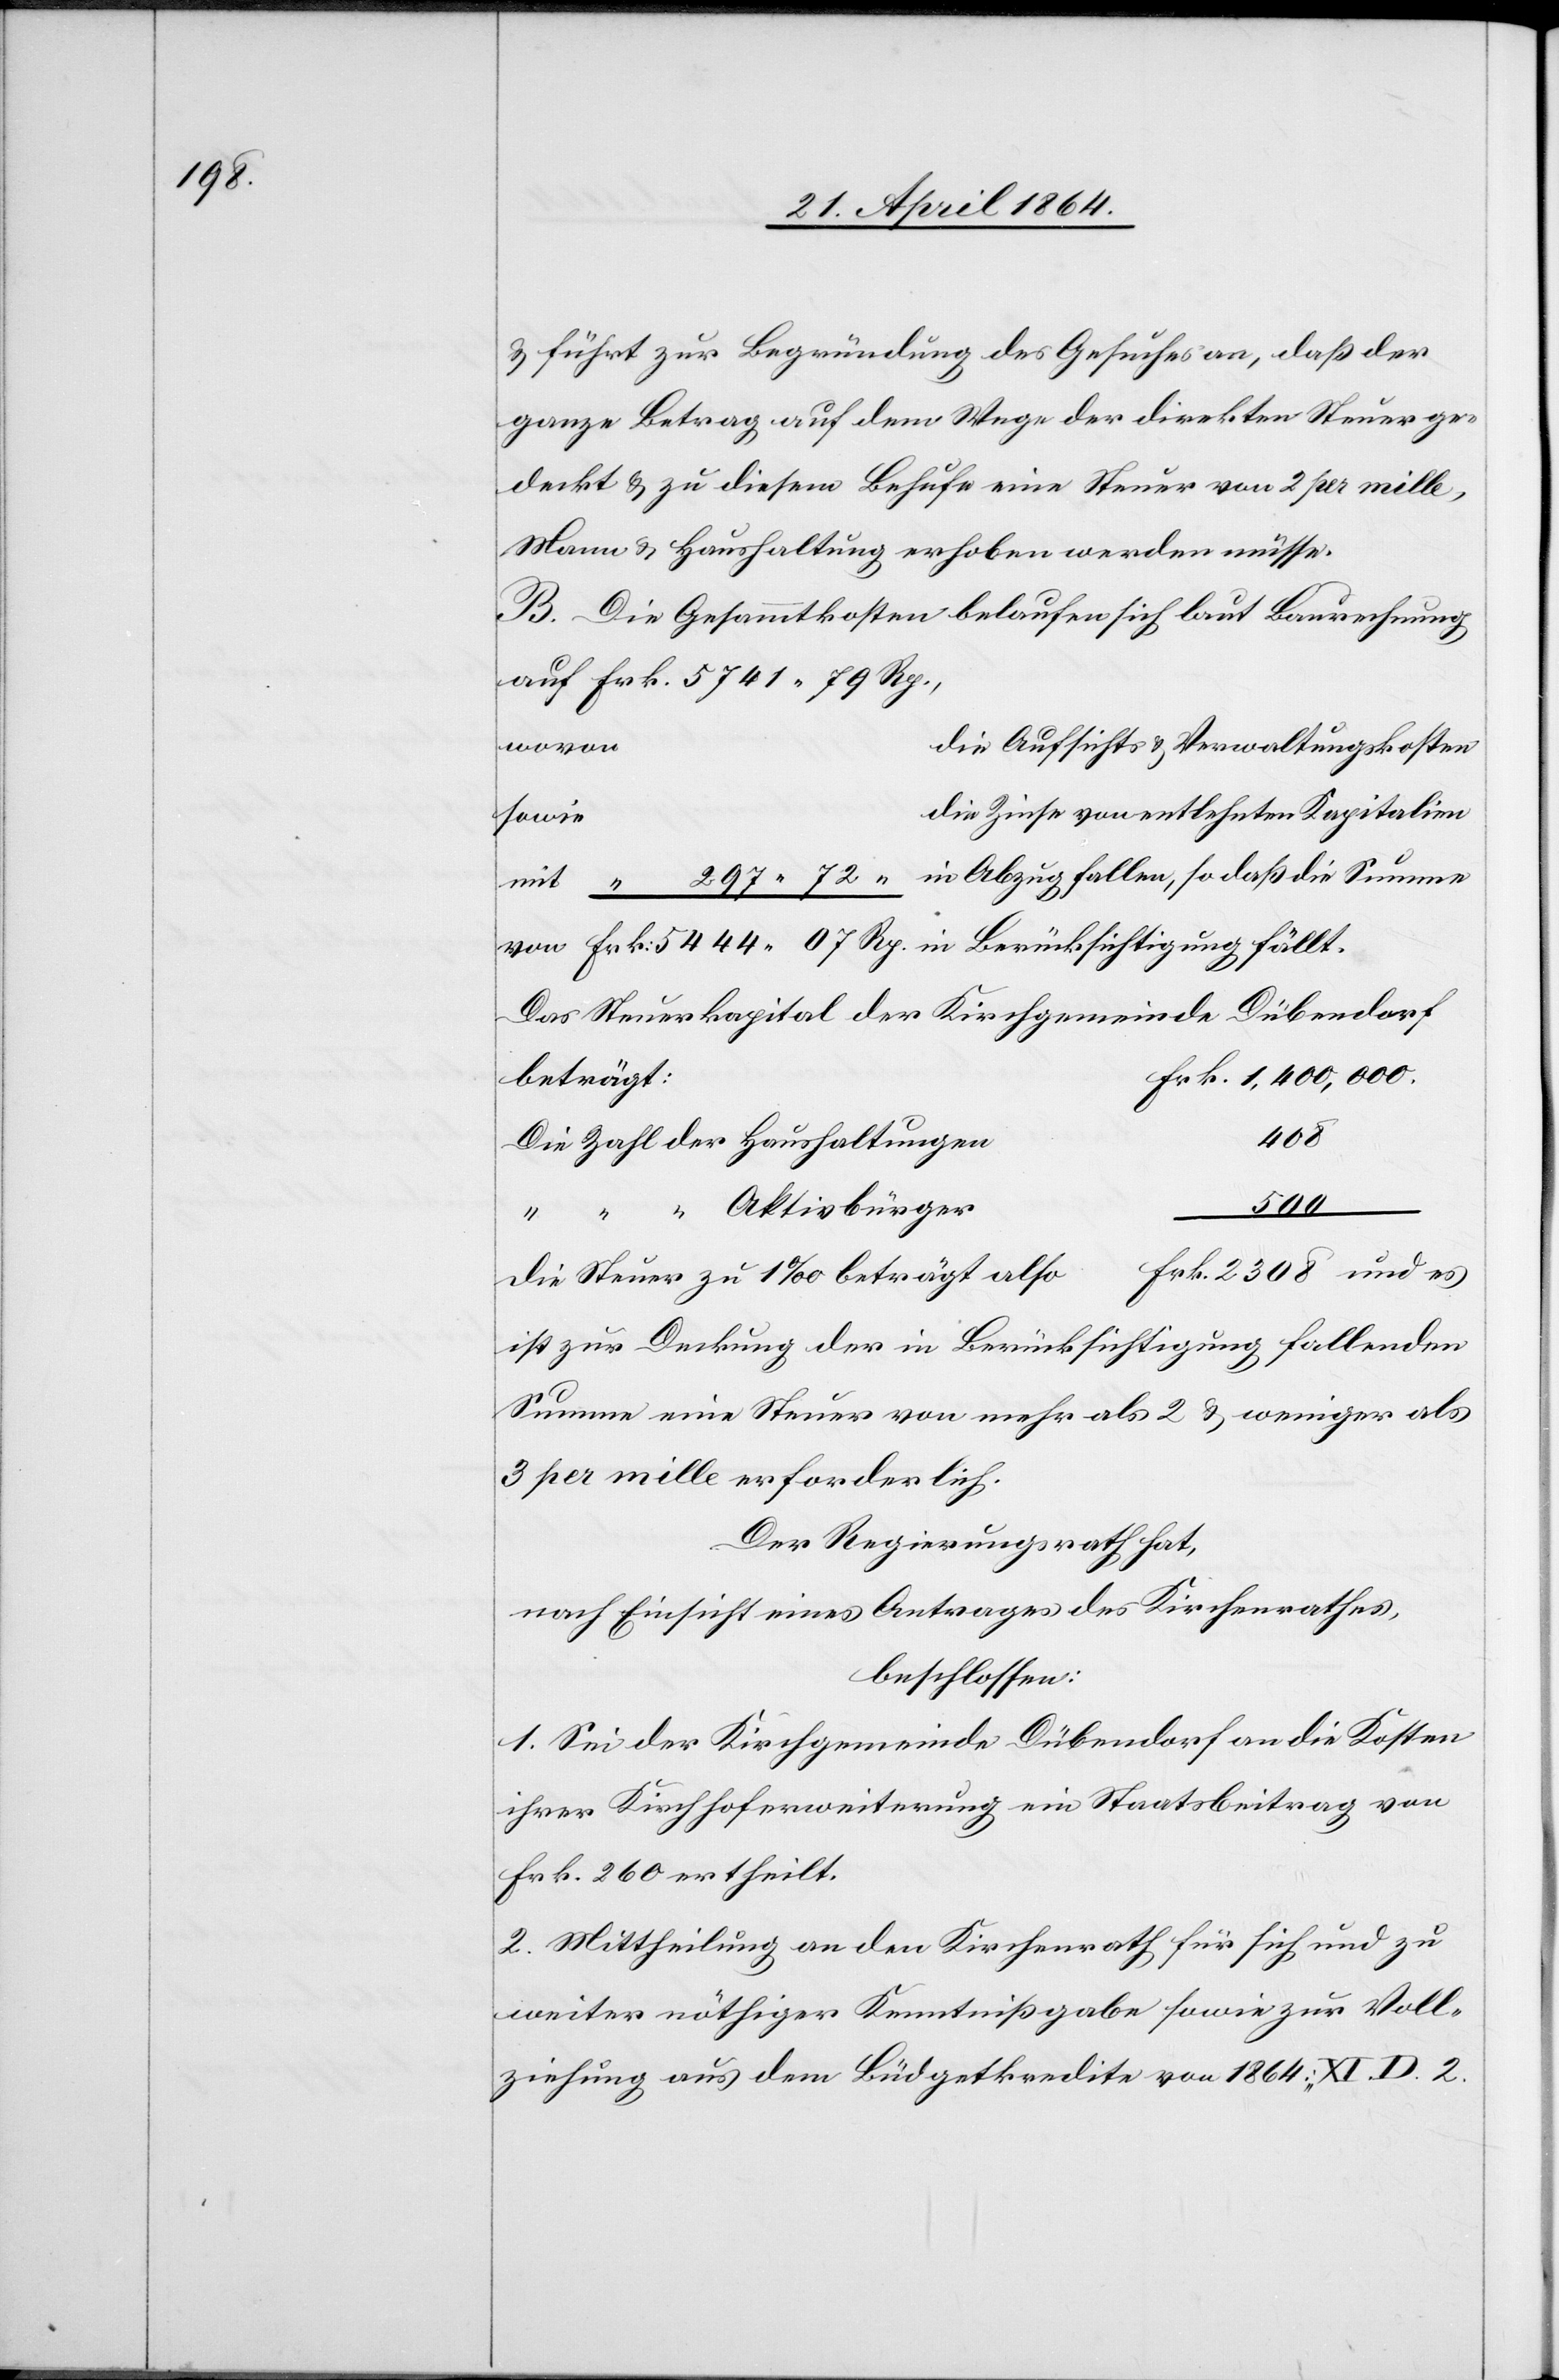
u. führt zur Begründung des Gesuches an, daß der
ganze Betrag auf dem Wege der direkten Steuer ge¬
deckt u. zu diesem Behufe eine Steuer von 2 per mille,
Mann u. Haushaltung erhoben werden müsse.
B. Die Gesammtkosten belaufen sich laut Berechnung
auf 		Frk. 5741 79 Rp.,
wovon
ie Aufsichts[-] u. Verwaltungskosten
ie Zinse von entlehnten Kapitalien
sowi¬
297 72 “	in Abzug fallen, so daß die Summe
von		Frk. 5444 07 Rp. 	in Berücksichtigung fällt.
Das Steuerkapital der Kirchgemeinde Dübendorf
rk. 1,400,000.
beträg¬
Die Zahl der Haushaltunge¬
n						408
e			d¬
Die Steuer zu 1‰ beträgt also					Frk. 2308 und es
ist zur Deckung der in Berücksichtigung fallenden
Summe eine Steuer von mehr als 2 u. weniger als
3 per mille erforderlich.
Der Regierungsrath hat,
nach Einsicht eines Antrages des Kirchenrathes,
beschlossen:
1. Sei der Kirchgemeinde Dübendorf an die Kosten
ihrer Kirchhoferweiterung ein Staatsbeitrag von
Frk. 260 ertheilt.
2. Mittheilung an den Kirchenrath für sich und zu
weiter nöthiger Kenntnißgabe sowie zur Voll¬
ziehung aus dem Budgetkredite von 1864: „XI D. 2.